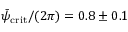
\bar { \psi } _ { \mathrm { c r i t } } / ( 2 \pi ) = 0 . 8 \pm 0 . 1